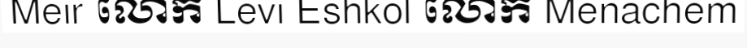
Meir លោក Levi Eshkol លោក Menachem